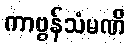
ကာဗွန်သံမဏိ